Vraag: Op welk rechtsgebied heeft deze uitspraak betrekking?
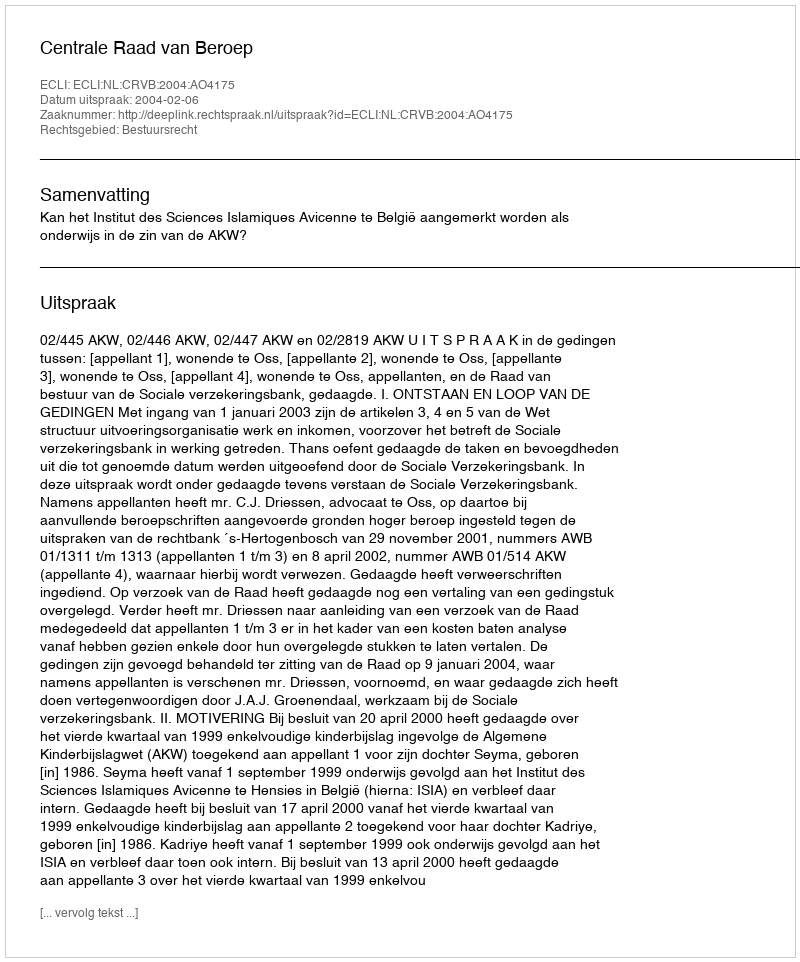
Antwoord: Bestuursrecht